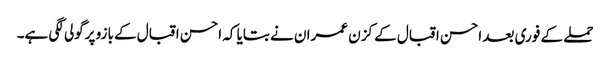
حملے کے فوری بعد احسن اقبال کے کزن عمران نے بتایا کہ احسن اقبال کے بازو پرگولی لگی ہے۔